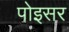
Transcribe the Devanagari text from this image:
पोइसर